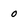
Character: 0